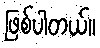
ဖြစ်ပါတယ်။